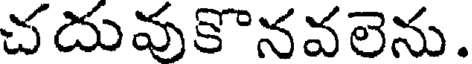
చదువుకొనవలెను.